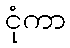
ငုံကာ